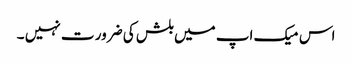
اس میک اپ میں بلش کی ضرور ت نہیں ۔